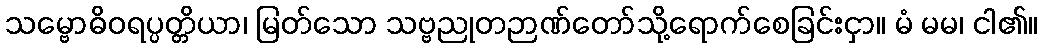
သမ္ဗောဓိဝရပ္ပတ္တိယာ၊ မြတ်သော သဗ္ဗညုတဉာဏ်တော်သို့ရောက်စေခြင်းငှာ။ မံ မမ၊ ငါ၏။